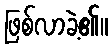
ဖြစ်လာခဲ့၏။